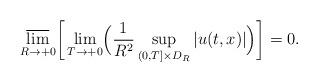
LaTeX: \begin{align*} \varlimsup_{R \to +0} \biggl[ \, \lim_{T \to +0} \Bigl( \frac{1}{R^2} \sup_{(0,T] \times D_R}|u(t,x)| \Bigr) \biggr] = 0. \end{align*}